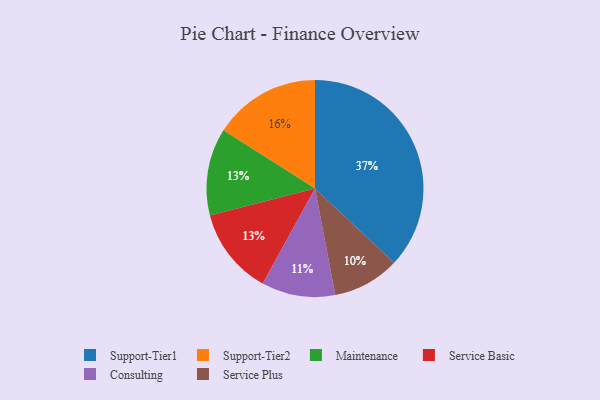
{"axis": {"x": "Category", "y": "Percentage"}, "legend": ["Consulting", "Maintenance", "Service Basic", "Service Plus", "Support-Tier1", "Support-Tier2"], "data": [{"x": "Maintenance", "y": 13, "type": "Maintenance"}, {"x": "Service Basic", "y": 13, "type": "Service Basic"}, {"x": "Consulting", "y": 11, "type": "Consulting"}, {"x": "Service Plus", "y": 10, "type": "Service Plus"}, {"x": "Support-Tier2", "y": 16, "type": "Support-Tier2"}, {"x": "Support-Tier1", "y": 37, "type": "Support-Tier1"}]}